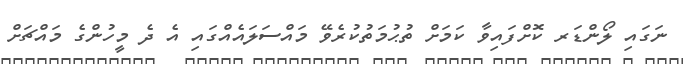
ނަގައި ލޯންޑަރ ކޮށްފައިވާ ކަމަށް ތުޙުމަތުކުރެވޭ މައްސަލައެއްގައި އެ ދެ މީހުންގެ މައްޗަށް